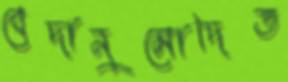
বেদানুমোদিত